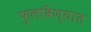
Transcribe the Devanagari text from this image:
फुलविण्यात